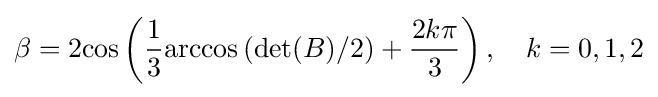
\beta =2{\cos }\left({\frac {1}{3}}{\arccos }\left(\det(B)/2\right)+{\frac {2k\pi }{3}}\right),\quad k=0,1,2